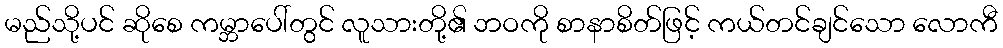
မည်သို့ပင် ဆိုစေ ကမ္ဘာပေါ်တွင် လူသားတို့၏ ဘဝကို စာနာစိတ်ဖြင့် ကယ်တင်ချင်သော လောကီ